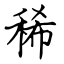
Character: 稀